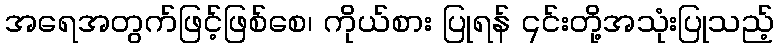
အရေအတွက်ဖြင့်ဖြစ်စေ၊ ကိုယ်စား ပြုရန် ၎င်းတို့အသုံးပြုသည့်